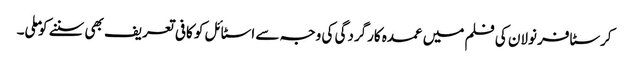
کرسٹافر نولان کی فلم میں عمدہ کارگردگی کی وجہ سے اسٹائل کو کافی تعریف بھی سننے کو ملی۔